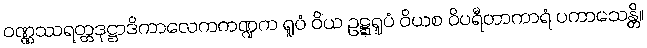
ဝဏ္ဏဿရတ္တဒုဋ္ဌာဒိကာလေကကဏ္ဍက ရူပံ ဝိယ ဥဋ္ဋရူပံ ဝိယစ ဝိပရီတာကာရံ ပကာသေန္တိ။